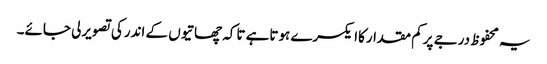
یہ محفوظ درجے پرکم مقدارکاایکسرے ہوتاہے تاکہ چھاتیوں کے اندرکی تصویرلی جائے۔